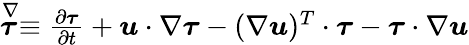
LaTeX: \begin{array}{r}{\stackrel{\nabla}{\boldsymbol{\tau}}\equiv\frac{\partial\boldsymbol{\tau}}{\partial t}+\boldsymbol{u}\cdot\nabla\boldsymbol{\tau}-(\nabla\boldsymbol{u})^{T}\cdot\boldsymbol{\tau}-\boldsymbol{\tau}\cdot\nabla\boldsymbol{u}}\end{array}